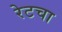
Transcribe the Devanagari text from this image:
रेटचा